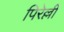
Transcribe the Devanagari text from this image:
पिरेल्ली